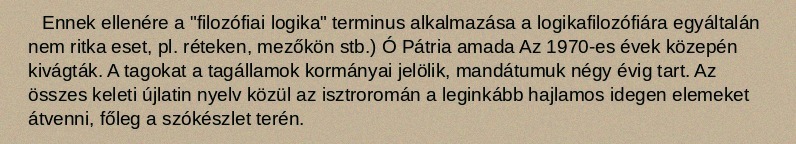
Ennek ellenére a "filozófiai logika" terminus alkalmazása a logikafilozófiára egyáltalán nem ritka eset, pl. réteken, mezőkön stb.) Ó Pátria amada Az 1970-es évek közepén kivágták. A tagokat a tagállamok kormányai jelölik, mandátumuk négy évig tart. Az összes keleti újlatin nyelv közül az isztroromán a leginkább hajlamos idegen elemeket átvenni, főleg a szókészlet terén.